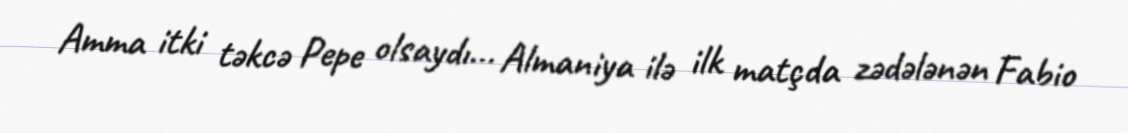
Amma itki təkcə Pepe olsaydı... Almaniya ilə ilk matçda zədələnən Fabio